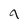
Character: 9